Annual administration report of the Civil Veterinary Department of India - 1910-1911
Year: 1910
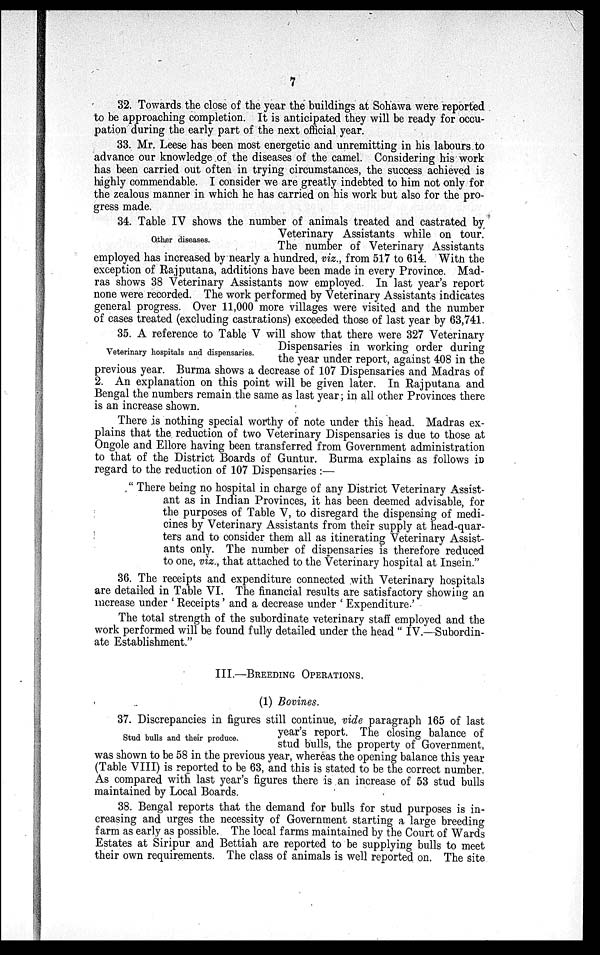
7
32. Towards the close of the year the buildings at Sohawa were reported
to be approaching completion. It is anticipated they will be ready for occu-
pation during the early part of the next official year.
33. Mr. Leese has been most energetic and unremitting in his labours to
advance our knowledge of the diseases of the camel. Considering his work
has been carried out often in trying circumstances, the success achieved is
highly commendable. I consider we are greatly indebted to him not only for
the zealous manner in which he has carried on his work but also for the pro-
gress made.
Other diseases.
34. Table IV shows the number of animals treated and castrated by
Veterinary Assistants while on tour.
The number of Veterinary Assistants
employed has increased by nearly a hundred, viz., from 517 to 614. With the
exception of Rajputana, additions have been made in every Province. Mad-
ras shows 38 Veterinary Assistants now employed. In last year's report
none were recorded. The work performed by Veterinary Assistants indicates
general progress. Over 11,000 more villages were visited and the number
of cases treated (excluding castrations) exceeded those of last year by 63,741.
Veterinary hospitals and dispensaries.
35. A reference to Table V will show that there were 327 Veterinary
Dispensaries in working order during
the year under report, against 408 in the
previous year. Burma shows a decrease of 107 Dispensaries and Madras of
2. An explanation on this point will be given later. In Rajputana and
Bengal the numbers remain the same as last year; in all other Provinces there
is an increase shown.
There is nothing special worthy of note under this head. Madras ex-
plains that the reduction of two Veterinary Dispensaries is due to those at
Ongole and Ellore having been transferred from Government administration
to that of the District Boards of Guntur. Burma explains as follows in
regard to the reduction of 107 Dispensaries:—
"There being no hospital in charge of any District Veterinary Assist-
ant as in Indian Provinces, it has been deemed advisable, for
the purposes of Table V, to disregard the dispensing of medi-
cines by Veterinary Assistants from their supply at head-quar-
ters and to consider them all as itinerating Veterinary Assist-
ants only. The number of dispensaries is therefore reduced
to one, viz., that attached to the Veterinary hospital at Insein."
36. The receipts and expenditure connected with Veterinary hospitals
are detailed in Table VI. The financial results are satisfactory showing an
increase under 'Receipts' and a decrease under 'Expenditure.'
The total strength of the subordinate veterinary staff employed and the
work performed will be found fully detailed under the head " IV.—Subordin-
ate Establishment."
III.—BREEDING OPERATIONS.
(1) Bovines.
Stud bulls and their produce.
37. Discrepancies in figures still continue, vide paragraph 165 of last
year's report. The closing balance of
stud bulls, the property of Government,
was shown to be 58 in the previous year, whereas the opening balance this year
(Table VIII) is reported to be 63, and this is stated to be the correct number.
As compared with last year's figures there is an increase of 53 stud bulls
maintained by Local Boards.
38. Bengal reports that the demand for bulls for stud purposes is in-
creasing and urges the necessity of Government starting a large breeding
farm as early as possible. The local farms maintained by the Court of Wards
Estates at Siripur and Bettiah are reported to be supplying bulls to meet
their own requirements. The class of animals is well reported on. The site